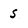
Character: s